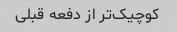
کوچیک‌تر از دفعه قبلی